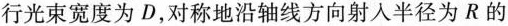
行光束宽度为D，对称地沿轴线方向射入半径为R的